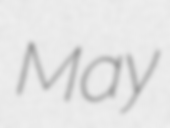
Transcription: May